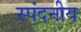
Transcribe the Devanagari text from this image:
स्पंदनीय